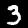
Label: 3